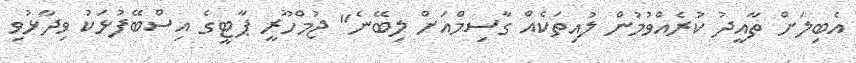
އެބިލަށް ތާއީދު ކުރެއްވުމުން ލުއިތަކެއް ގާސިމްއަށް ލިބޭނެ" ޖުމްހޫރީ ޕާޓީގެ އިސްބޭފުޅަކު ވިދާޅުވި